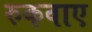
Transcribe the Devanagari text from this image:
रुकवाए